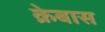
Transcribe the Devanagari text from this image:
क्रेबास